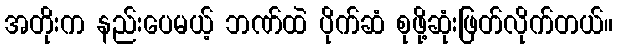
အတိုးက နည်းပေမယ့် ဘဏ်ထဲ ပိုက်ဆံ စုဖို့ဆုံးဖြတ်လိုက်တယ်။